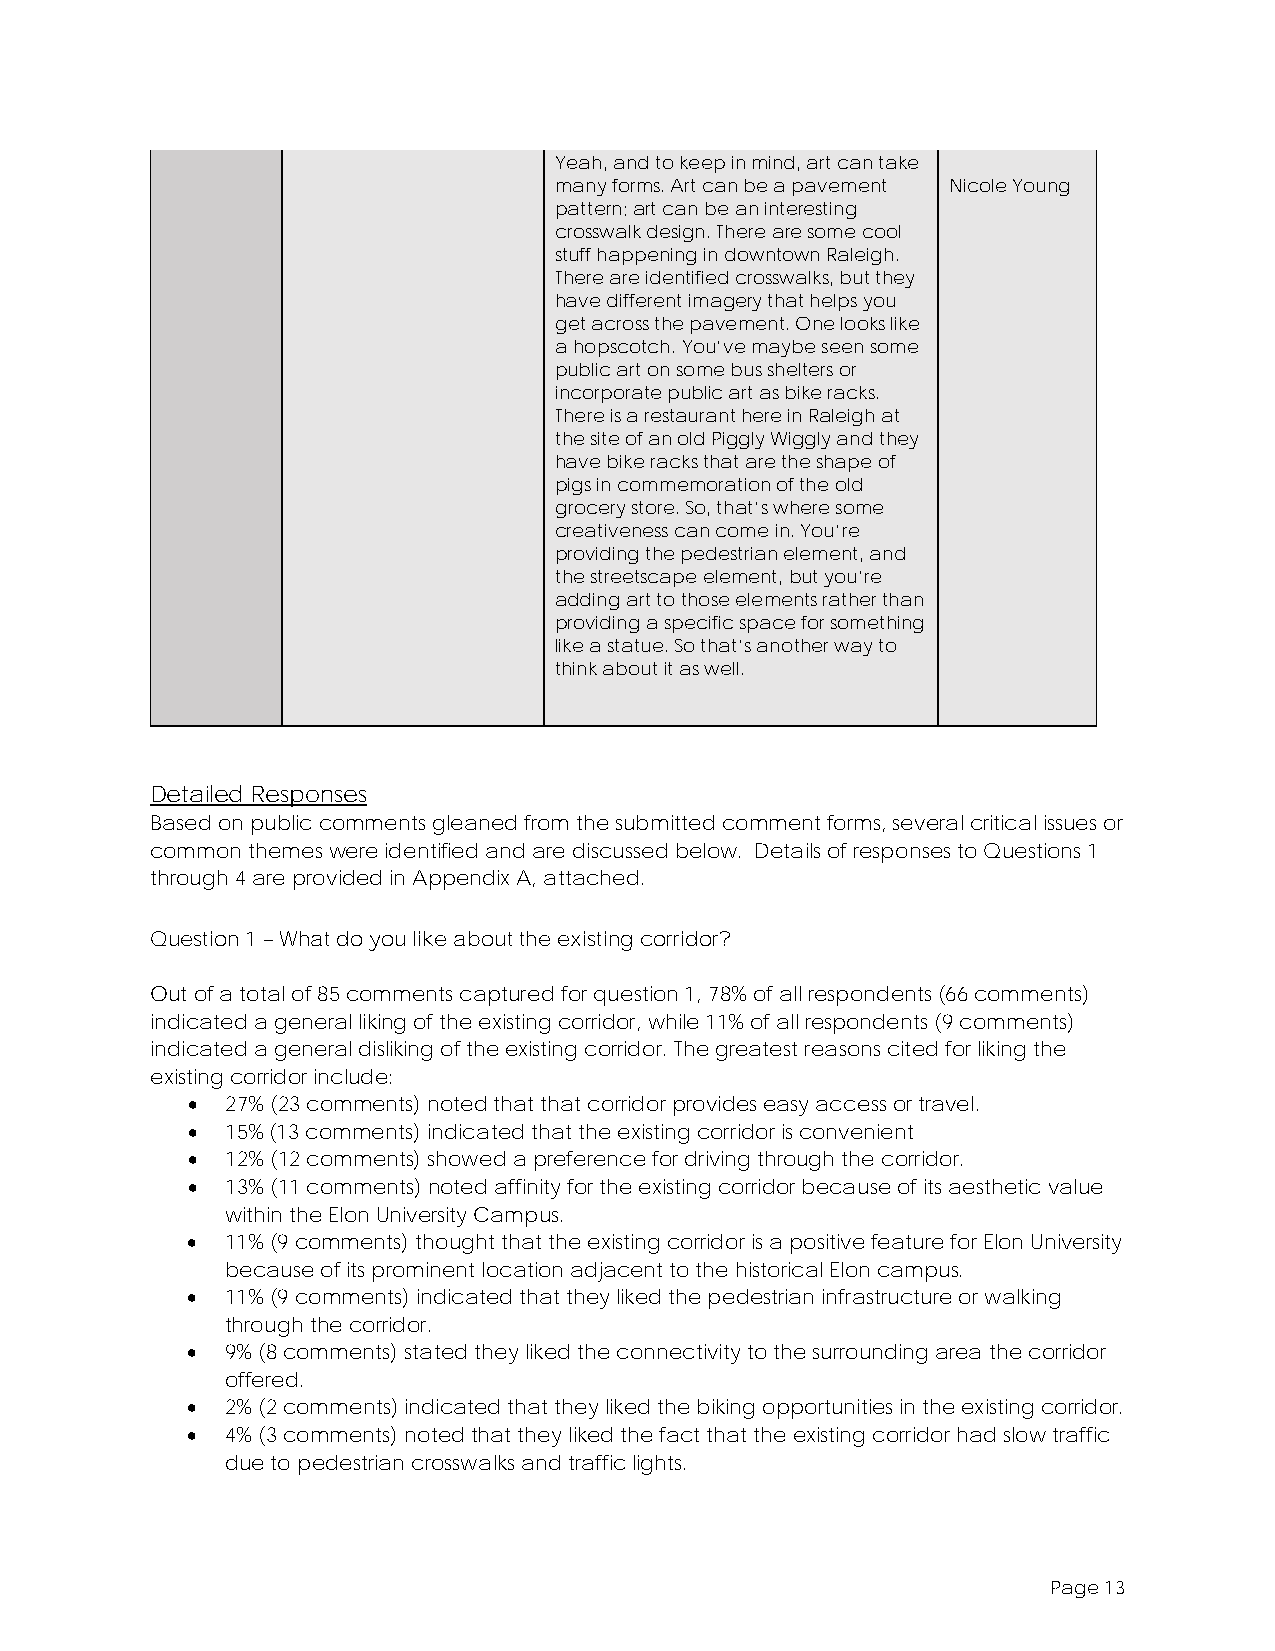
Yeah, and to keep in mind, art can take
 many forms. Art can be a pavement Nicole Young
 pattern; art can be an interesting
 crosswalk design. There are some cool
 stuff happening in downtown Raleigh.
 There are identified crosswalks, but they
 have different imagery that helps you
 get across the pavement. One looks like
 a hopscotch. You’ve maybe seen some
 public art on some bus shelters or
 incorporate public art as bike racks.
 There is a restaurant here in Raleigh at
 the site of an old Piggly Wiggly and they
 have bike racks that are the shape of
 pigs in commemoration of the old
 grocery store. So, that’s where some
 creativeness can come in. You’re
 providing the pedestrian element, and
 the streetscape element, but you’re
 adding art to those elements rather than
 providing a specific space for something
 like a statue. So that’s another way to
 think about it as well.
 Detailed Responses
 Based on public comments gleaned from the submitted comment forms, several critical issues or
 common themes were identified and are discussed below. Details of responses to Questions 1
 through 4 are provided in Appendix A, attached.
 Question 1 – What do you like about the existing corridor?
 Out of a total of 85 comments captured for question 1, 78% of all respondents (66 comments)
 indicated a general liking of the existing corridor, while 11% of all respondents (9 comments)
 indicated a general disliking of the existing corridor. The greatest reasons cited for liking the
 existing corridor include:
 •  27% (23 comments) noted that that corridor provides easy access or travel.
 •  15% (13 comments) indicated that the existing corridor is convenient
 •  12% (12 comments) showed a preference for driving through the corridor.
 •  13% (11 comments) noted affinity for the existing corridor because of its aesthetic value
 within the Elon University Campus.
 •  11% (9 comments) thought that the existing corridor is a positive feature for Elon University
 because of its prominent location adjacent to the historical Elon campus.
 •  11% (9 comments) indicated that they liked the pedestrian infrastructure or walking
 through the corridor.
 •  9% (8 comments) stated they liked the connectivity to the surrounding area the corridor
 offered.
 •  2% (2 comments) indicated that they liked the biking opportunities in the existing corridor.
 •  4% (3 comments) noted that they liked the fact that the existing corridor had slow traffic
 due to pedestrian crosswalks and traffic lights.
 Page 13